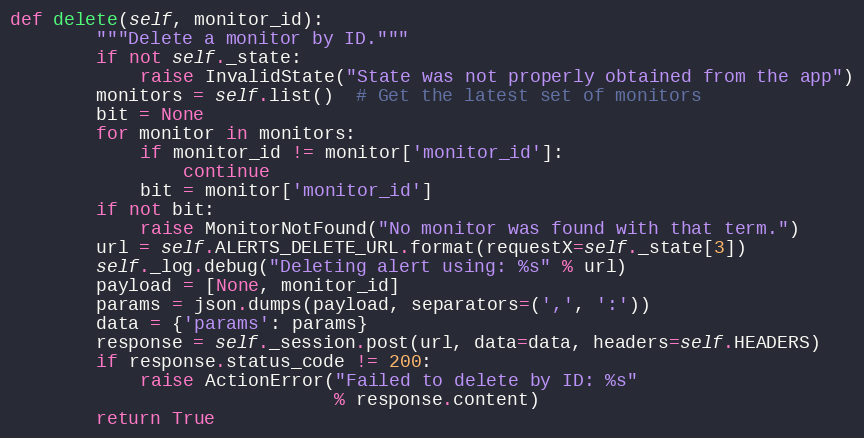
Language: Python
def delete(self, monitor_id):
        """Delete a monitor by ID."""
        if not self._state:
            raise InvalidState("State was not properly obtained from the app")
        monitors = self.list()  # Get the latest set of monitors
        bit = None
        for monitor in monitors:
            if monitor_id != monitor['monitor_id']:
                continue
            bit = monitor['monitor_id']
        if not bit:
            raise MonitorNotFound("No monitor was found with that term.")
        url = self.ALERTS_DELETE_URL.format(requestX=self._state[3])
        self._log.debug("Deleting alert using: %s" % url)
        payload = [None, monitor_id]
        params = json.dumps(payload, separators=(',', ':'))
        data = {'params': params}
        response = self._session.post(url, data=data, headers=self.HEADERS)
        if response.status_code != 200:
            raise ActionError("Failed to delete by ID: %s"
                              % response.content)
        return True